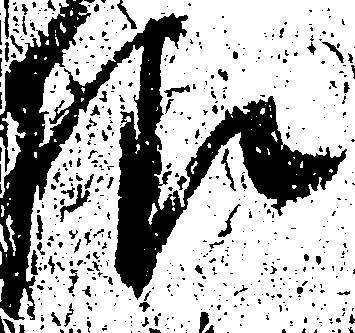
様